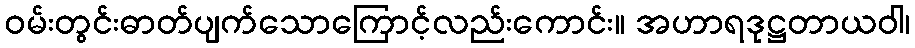
ဝမ်းတွင်းဓာတ်ပျက်သောကြောင့်လည်းကောင်း။ အဟာရဒုဋ္ဌတာယဝါ၊